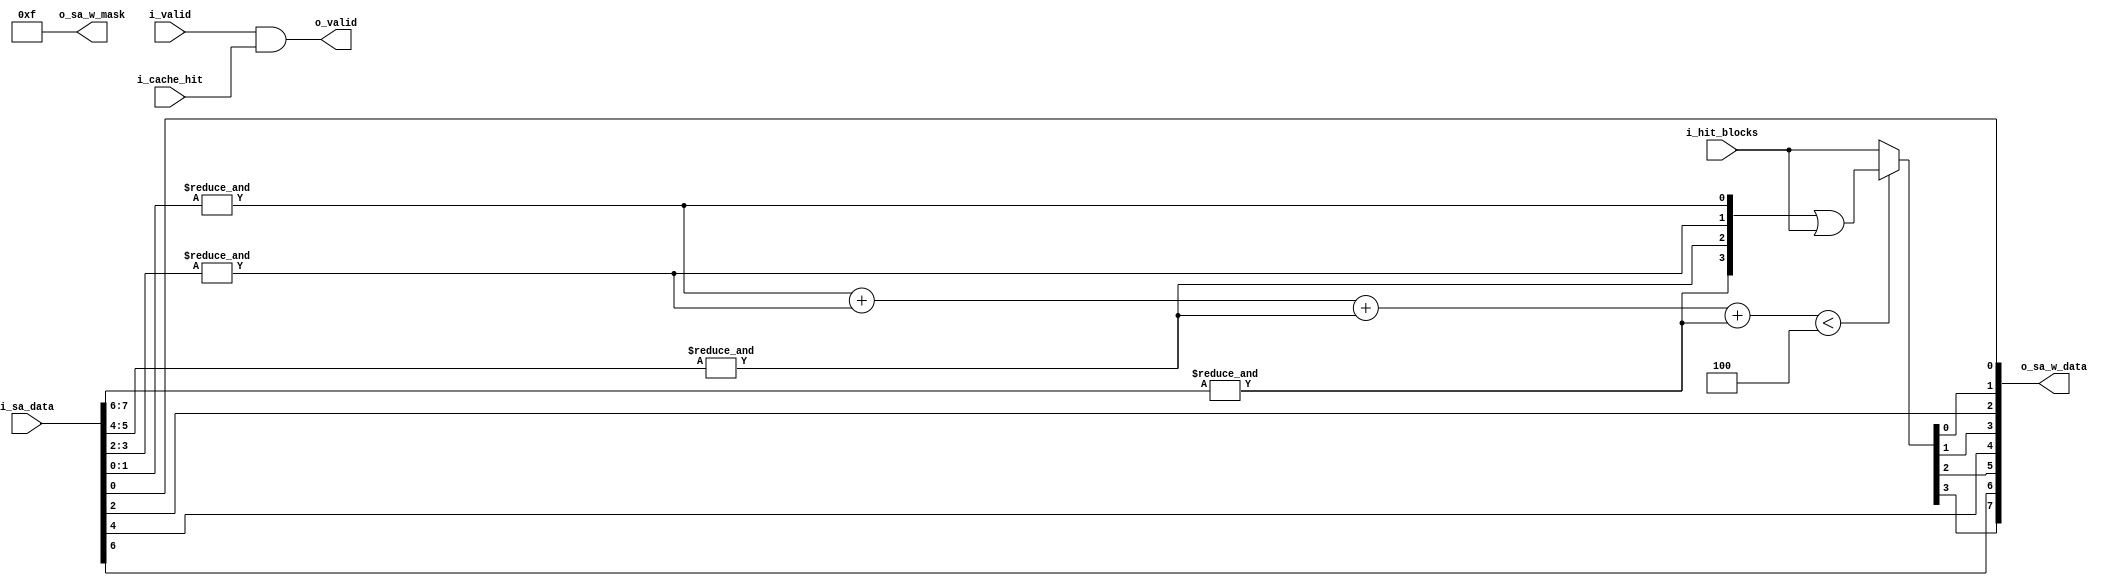
module use_bit_updater(
    input   wire    [SA_WORD_WIDTH-1:0]     i_sa_data,
    input   wire    [NUM_WAYS-1:0]          i_hit_blocks,
    input   wire                            i_cache_hit,
    input   wire                            i_valid,
    
    output  wire    [SA_WORD_WIDTH-1:0]     o_sa_w_data,
    output  wire    [NUM_WAYS-1:0]          o_sa_w_mask,
    output  wire                            o_valid
);

    localparam SA_WORD_WIDTH = 8;
    localparam NUM_WAYS = 4;

    // for use in understanding status_array_data
    localparam USE_BIT_IDX      = 0; 
    localparam VALID_BIT_IDX    = 1;

    assign o_valid = i_valid & i_cache_hit;
    assign o_sa_w_mask = {NUM_WAYS{1'b1}};

    wire [NUM_WAYS-1:0] w_sa_use_bits = {
        &i_sa_data[7:6], // VALID_BIT & USE_BIT. 
        &i_sa_data[5:4],
        &i_sa_data[3:2],
        &i_sa_data[1:0]
    };

    wire [$clog2(NUM_WAYS):0] w_num_ones =  w_sa_use_bits[0] + 
                                            w_sa_use_bits[1] + 
                                            w_sa_use_bits[2] + 
                                            w_sa_use_bits[3];

    wire [NUM_WAYS-1:0] w_new_use_bits; 
    assign w_new_use_bits= (w_num_ones < NUM_WAYS) ? (w_sa_use_bits | i_hit_blocks) : 
                                                       (i_hit_blocks);

    assign o_sa_w_data = {
        w_new_use_bits[3],  i_sa_data[6],
        w_new_use_bits[2],  i_sa_data[4],
        w_new_use_bits[1],  i_sa_data[2],
        w_new_use_bits[0],  i_sa_data[0]
    };

endmodule